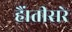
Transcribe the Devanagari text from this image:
हैं।तीसरे